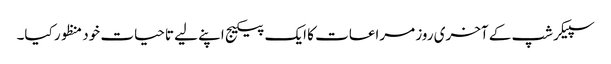
سپیکرشپ کے آخری روز مراعات کا ایک پیکیج اپنے لیے تاحیات خود منظور کیا۔